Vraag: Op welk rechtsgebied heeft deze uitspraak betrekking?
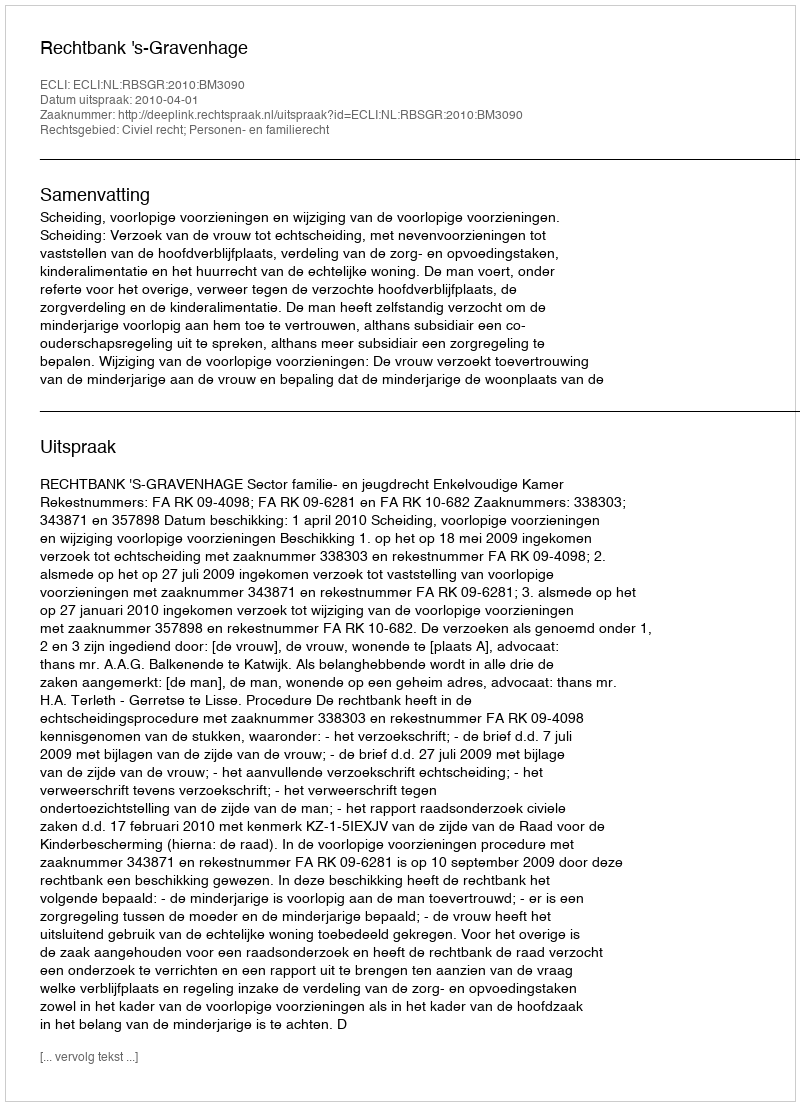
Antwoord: Civiel recht; Personen- en familierecht